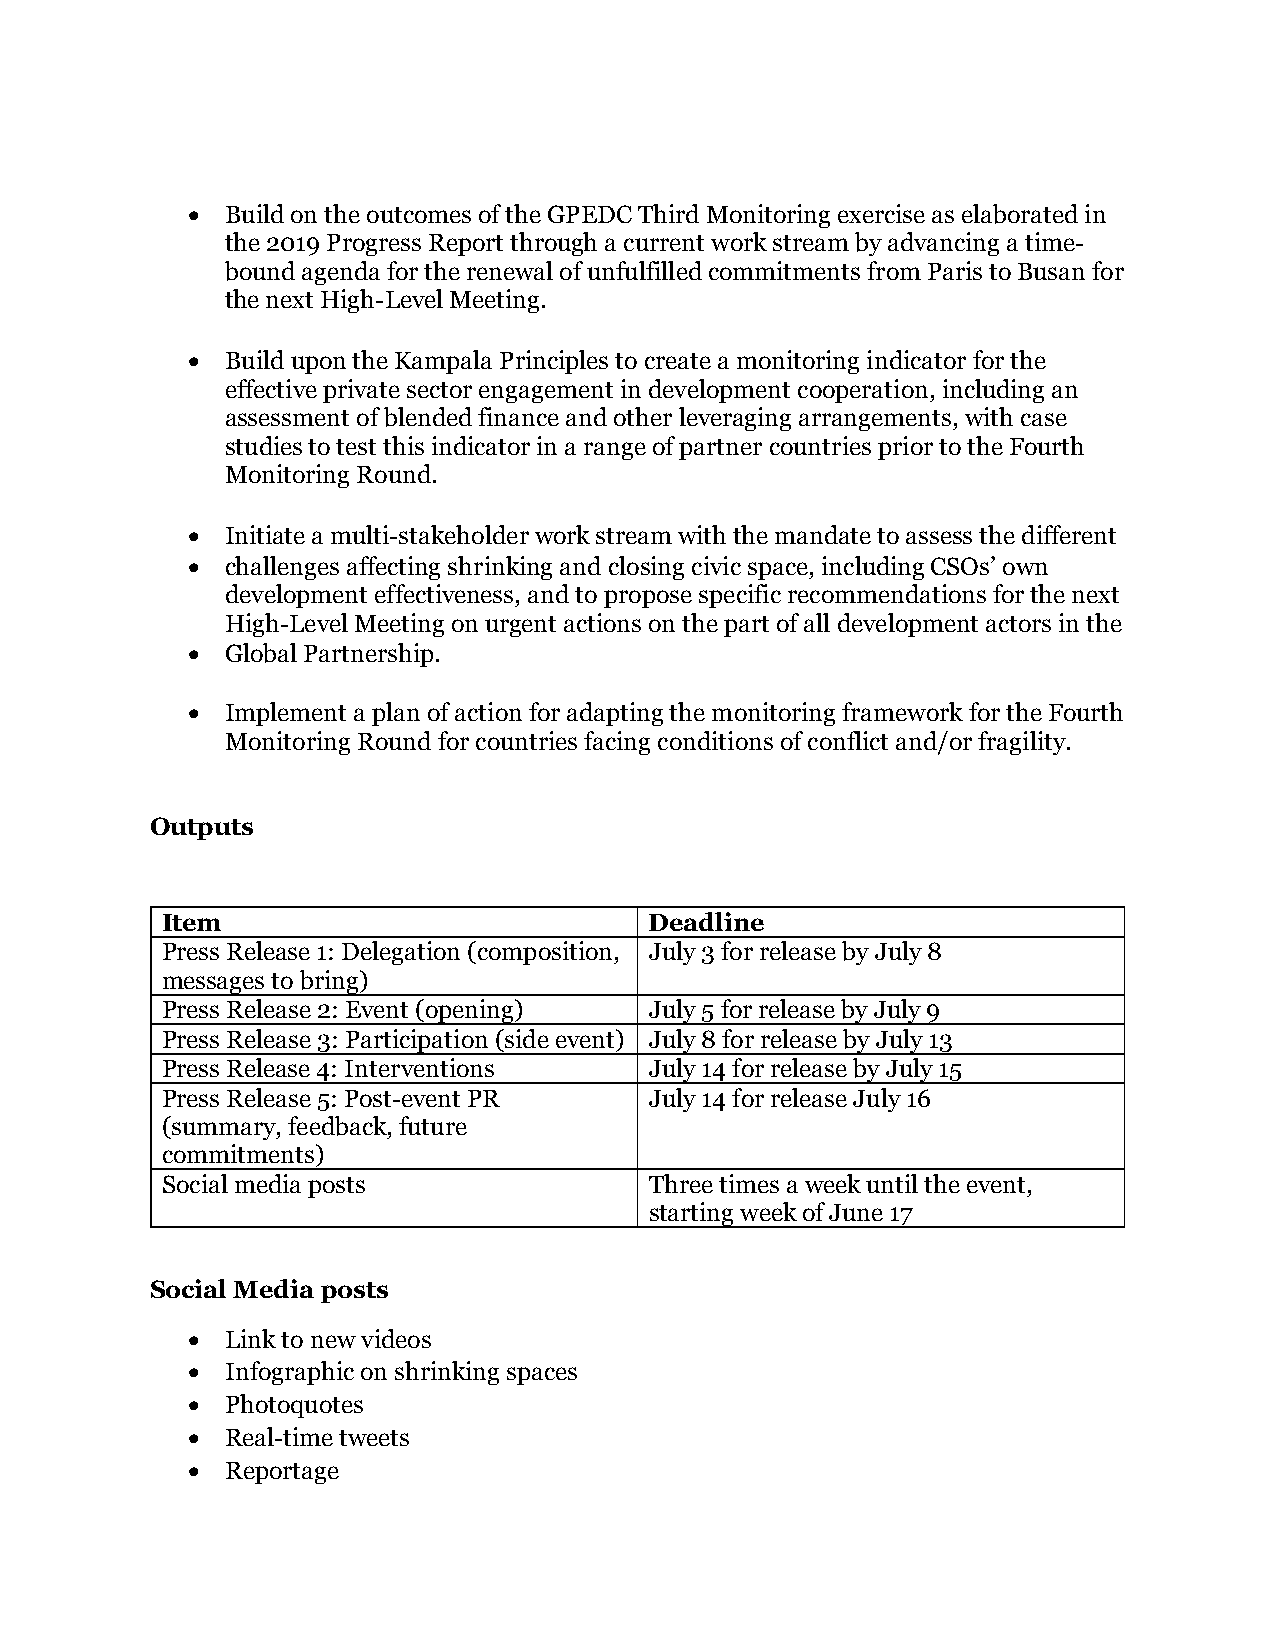
  Build on the outcomes of the GPEDC Third Monitoring exercise as elaborated in
 the 2019 Progress Report through a current work stream by advancing a time-
 bound agenda for the renewal of unfulfilled commitments from Paris to Busan for
 the next High-Level Meeting.
   Build upon the Kampala Principles to create a monitoring indicator for the
 effective private sector engagement in development cooperation, including an
 assessment of blended finance and other leveraging arrangements, with case
 studies to test this indicator in a range of partner countries prior to the Fourth
 Monitoring Round.
   Initiate a multi-stakeholder work stream with the mandate to assess the different
   challenges affecting shrinking and closing civic space, including CSOs’ own
 development effectiveness, and to propose specific recommendations for the next
 High-Level Meeting on urgent actions on the part of all development actors in the
   Global Partnership.
   Implement a plan of action for adapting the monitoring framework for the Fourth
 Monitoring Round for countries facing conditions of conflict and/or fragility.
 Outputs
 Item                            Deadline
 Press Release 1: Delegation (composition, July 3 for release by July 8
 messages to bring)
 Press Release 2: Event (opening) July 5 for release by July 9
 Press Release 3: Participation (side event) July 8 for release by July 13
 Press Release 4: Interventions  July 14 for release by July 15
 Press Release 5: Post-event PR  July 14 for release July 16
 (summary, feedback, future
 commitments)
 Social media posts              Three times a week until the event,
 starting week of June 17
 Social Media posts
   Link to new videos
   Infographic on shrinking spaces
   Photoquotes
   Real-time tweets
   Reportage